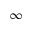
\infty